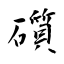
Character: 礩